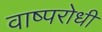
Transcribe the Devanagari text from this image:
वाष्परोधी